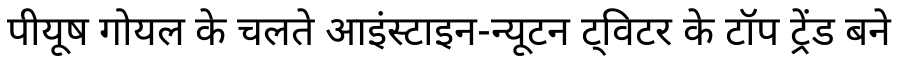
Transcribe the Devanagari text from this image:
पीयूष गोयल के चलते आइंस्टाइन-न्यूटन ट्विटर के टॉप ट्रेंड बने